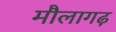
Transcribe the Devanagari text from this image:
मौलागढ़